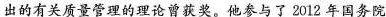
出的有关质量管理的理论曾获奖。他参与了2012年国务院